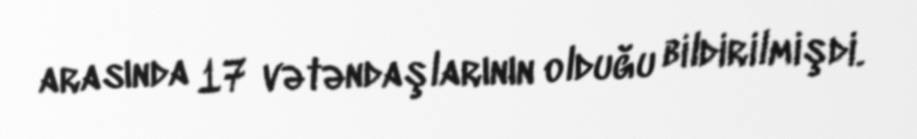
arasında 17 vətəndaşlarının olduğu bildirilmişdi.